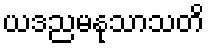
ယဒညမနုသာသတိ